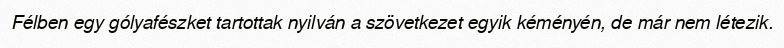
Félben egy gólyafészket tartottak nyilván a szövetkezet egyik kéményén, de már nem létezik.